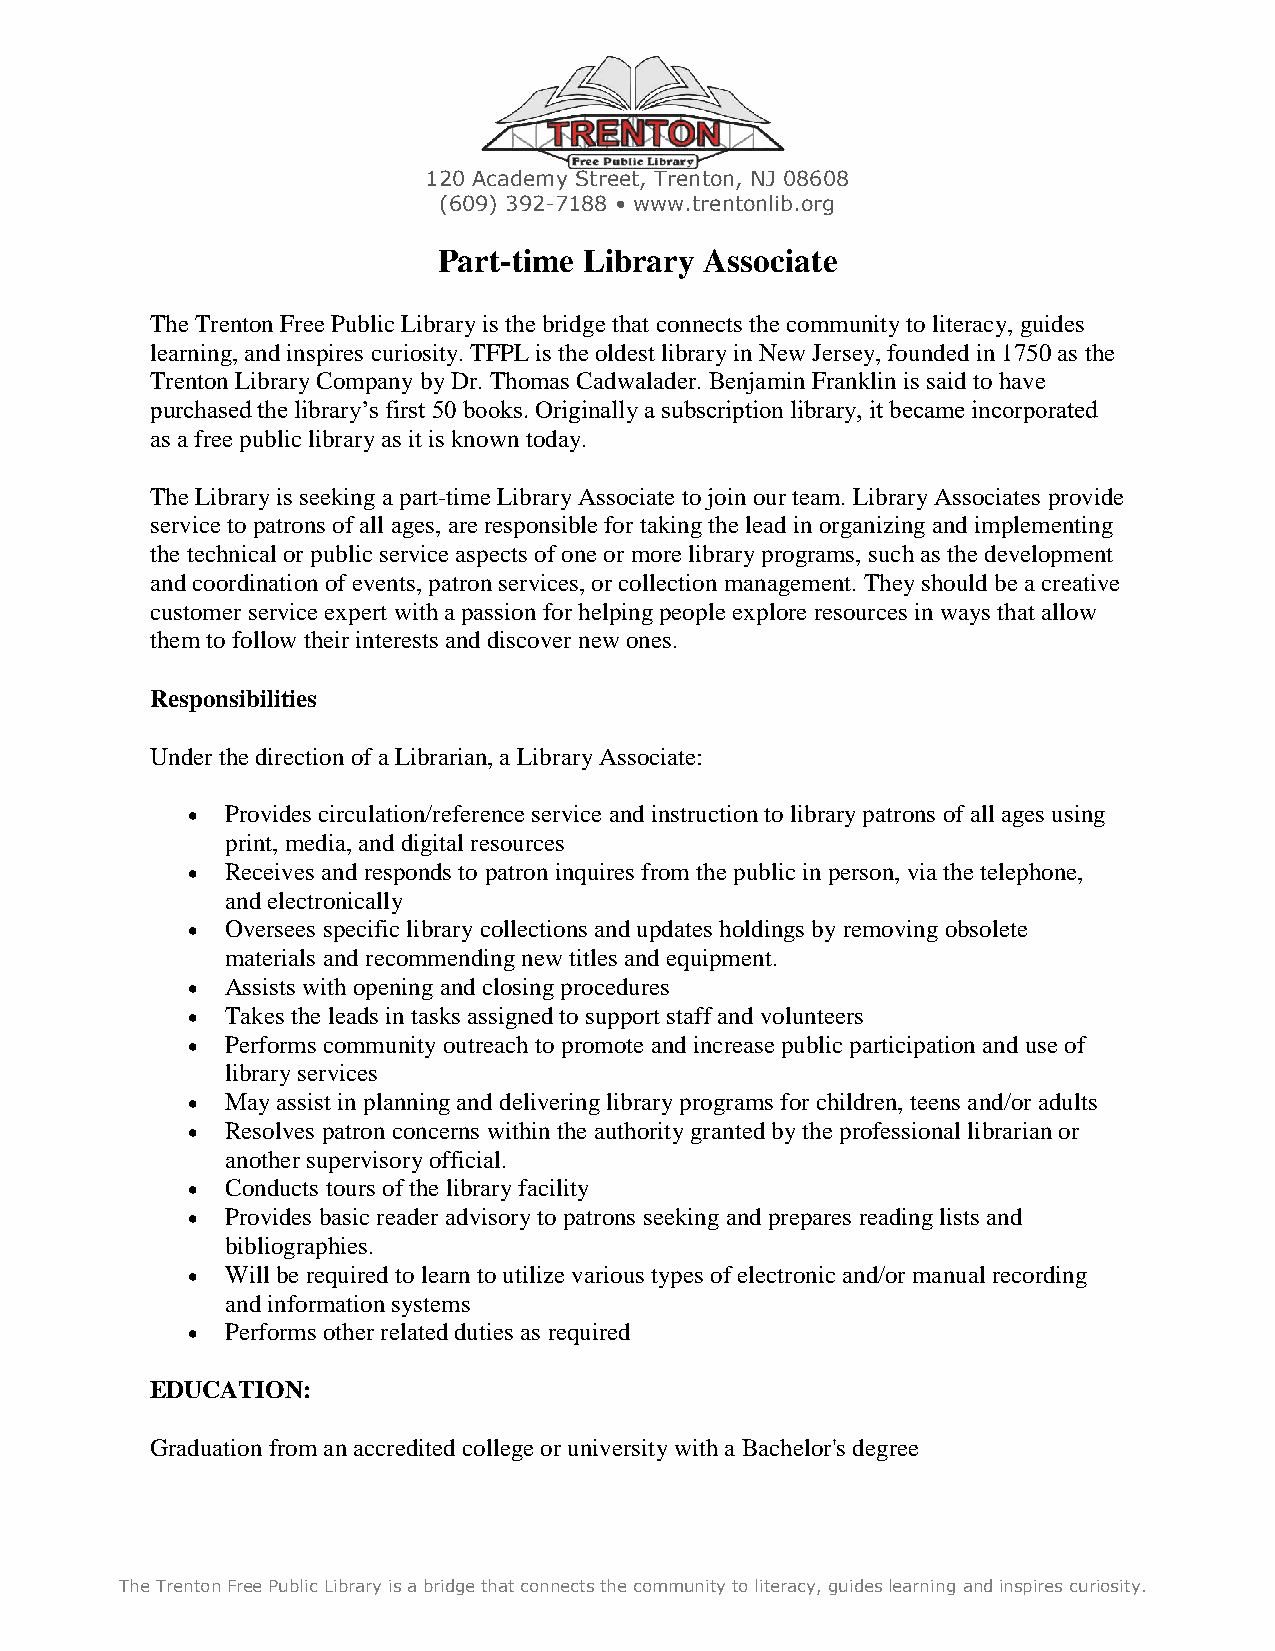
120 Academy Street, Trenton, NJ 08608
 (609) 392-7188 • www.trentonlib.org
 Part-time Library Associate
 The Trenton Free Public Library is the bridge that connects the community to literacy, guides
 learning, and inspires curiosity. TFPL is the oldest library in New Jersey, founded in 1750 as the
 Trenton Library Company by Dr. Thomas Cadwalader. Benjamin Franklin is said to have
 purchased the library’s first 50 books. Originally a subscription library, it became incorporated
 as a free public library as it is known today.
 The Library is seeking a part-time Library Associate to join our team. Library Associates provide
 service to patrons of all ages, are responsible for taking the lead in organizing and implementing
 the technical or public service aspects of one or more library programs, such as the development
 and coordination of events, patron services, or collection management. They should be a creative
 customer service expert with a passion for helping people explore resources in ways that allow
 them to follow their interests and discover new ones.
 Responsibilities
 Under the direction of a Librarian, a Library Associate:
 •  Provides circulation/reference service and instruction to library patrons of all ages using
 print, media, and digital resources
 •  Receives and responds to patron inquires from the public in person, via the telephone,
 and electronically
 •  Oversees specific library collections and updates holdings by removing obsolete
 materials and recommending new titles and equipment.
 •  Assists with opening and closing procedures
 •  Takes the leads in tasks assigned to support staff and volunteers
 •  Performs community outreach to promote and increase public participation and use of
 library services
 •  May assist in planning and delivering library programs for children, teens and/or adults
 •  Resolves patron concerns within the authority granted by the professional librarian or
 another supervisory official.
 •  Conducts tours of the library facility
 •  Provides basic reader advisory to patrons seeking and prepares reading lists and
 bibliographies.
 •  Will be required to learn to utilize various types of electronic and/or manual recording
 and information systems
 •  Performs other related duties as required
 EDUCATION:
 Graduation from an accredited college or university with a Bachelor's degree
 The Trenton Free Public Library is a bridge that connects the community to literacy, guides learning and inspires curiosity.